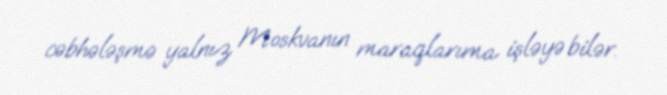
cəbhələşmə yalnız Moskvanın maraqlarıma işləyə bilər.